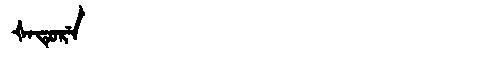
Manchu: ᡧᠠᡨᡠᡵᡝ
Romanization: ŠATURE